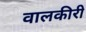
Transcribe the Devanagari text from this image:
वालकीरी